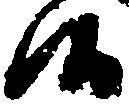
候